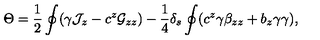
\Theta = { \frac { 1 } { 2 } } \oint ( \gamma { \cal J } _ { z } - c ^ { z } { \cal G } _ { z z } ) - { \frac { 1 } { 4 } } \delta _ { s } \oint ( c ^ { z } \gamma \beta _ { z z } + b _ { z } \gamma \gamma ) ,